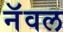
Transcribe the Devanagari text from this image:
नॅवल